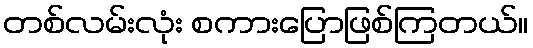
တစ်လမ်းလုံး စကားပြောဖြစ်ကြတယ်။